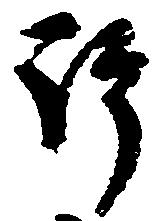
許